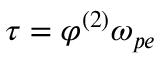
\tau = \varphi ^ { ( 2 ) } \omega _ { p e }